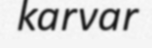
karvar